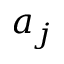
a _ { j }